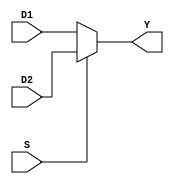
`timescale 1ns / 1ps

module MUX21(
    D1, D2, S, Y
    );
    
    input         S; // select line
    input  [31:0] D1;
    input  [31:0] D2;
    
    output [31:0] Y;
    
    assign Y = (!S) ? D1 : D2;
endmodule